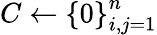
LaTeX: C\gets{\{ 0\} }_{i,j=1}^{n}